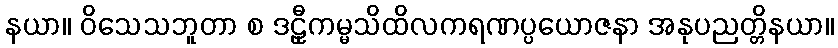
နယာ။ ဝိသေသဘူတာ စ ဒဠှီကမ္မသိထိလကရဏပ္ပယောဇနာ အနုပညတ္တိနယာ။